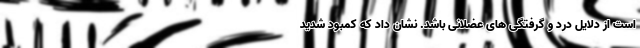
است از دلایل درد و گرفتگی های عضلانی باشد. نشان داد که کمبود شدید